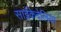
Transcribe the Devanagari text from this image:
साईंकेदेलिया